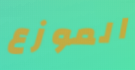
الموزع